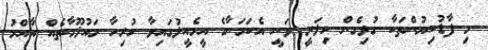
މި ފާޑުކިޔުންތަކާ ގުޅިގެން ހިލަރީ ވަނީ އެކަމަނާގެ އީމެއީލުގައިވާ ހުރިހާ މައުލޫމާތެއް އާއްމު